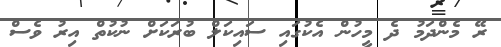
ރޭ މެންދަމު ދެ މީހުން އެކުގައި ސައިކަލް ބުރަކަށް ނުކުތް އިރު ވެސް